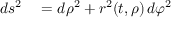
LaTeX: \begin{array} { r l } { d s ^ { 2 } } & { { } = d \rho ^ { 2 } + r ^ { 2 } ( t , \rho ) \, d \varphi ^ { 2 } } \end{array}